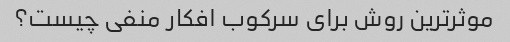
موثرترین روش برای سرکوب افکار منفی چیست؟